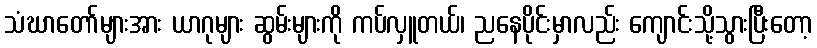
သံဃာတော်များအား ယာဂုများ ဆွမ်းများကို ကပ်လှူတယ်၊ ညနေပိုင်းမှာလည်း ကျောင်းသို့သွားပြီးတော့